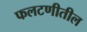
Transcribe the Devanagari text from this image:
फलटणीतील